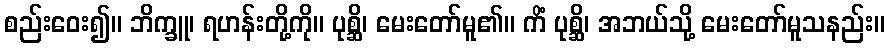
စည်းဝေး၍။ ဘိက္ခူ၊ ရဟန်းတို့ကို။ ပုစ္ဆိ၊ မေးတော်မူ၏။ ကိံ ပုစ္ဆိ၊ အဘယ်သို့ မေးတော်မူသနည်း။